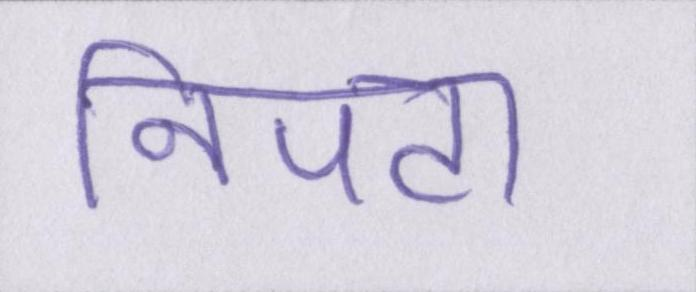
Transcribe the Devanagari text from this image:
निपटा